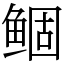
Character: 鲴